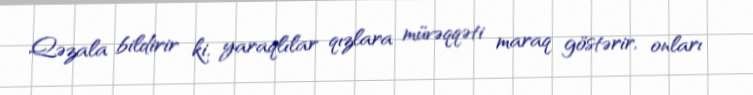
Qəzala bildirir ki, yaraqlılar qızlara müvəqqəti maraq göstərir, onları